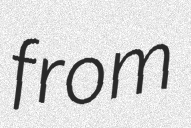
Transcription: from